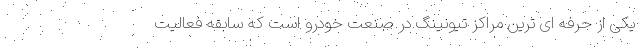
یکی از حرفه ای ترین مراکز تیونینگ در صنعت خودرو است که سابقه فعالیت